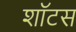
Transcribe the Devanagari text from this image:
शॉटस